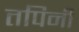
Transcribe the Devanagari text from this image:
तपिनी